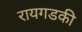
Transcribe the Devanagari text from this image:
रायगडकी